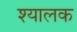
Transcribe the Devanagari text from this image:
श्यालक